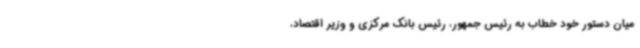
میان دستور خود خطاب به رئیس جمهور، رئیس بانک مرکزی و وزیر اقتصاد،